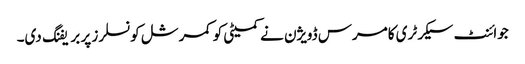
جوائنٹ سیکرٹری کامرس ڈویژن نے کمیٹی کو کمرشل کونسلرز پر بریفنگ دی۔